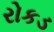
રોકડ